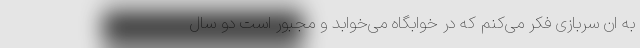
به ان سربازی فکر می‌کنم که در خوابگاه می‌خوابد و مجبور است دو سال